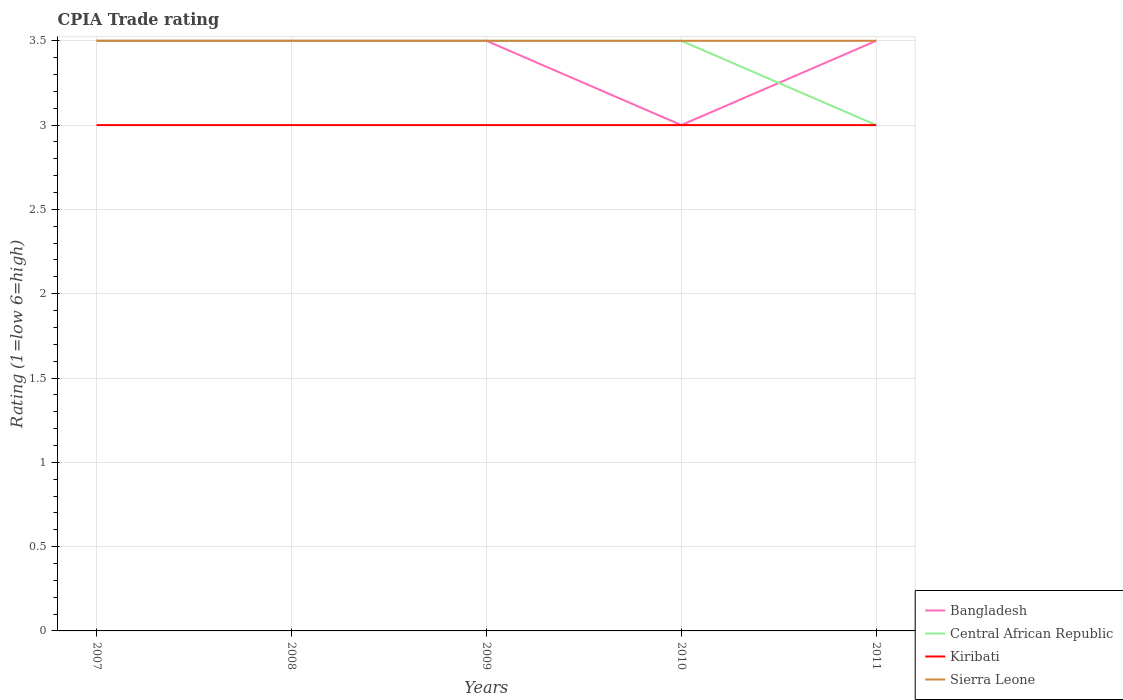
| Years | Bangladesh | Central African Republic | Kiribati | Sierra Leone |
 | --- | --- | --- | --- | --- |
 | 2007 | 3.5 | 3.5 | 3 | 3.5 |
 | 2008 | 3.5 | 3.5 | 3 | 3.5 |
 | 2009 | 3.5 | 3.5 | 3 | 3.5 |
 | 2010 | 3 | 3.5 | 3 | 3.5 |
 | 2011 | 3.5 | 3 | 3 | 3.5 |